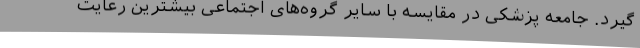
گیرد. جامعه پزشکی در مقایسه با سایر گروه‌های اجتماعی بیشترین رعایت